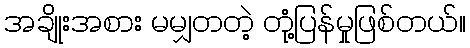
အချိုးအစား မမျှတတဲ့ တုံ့ပြန်မှုဖြစ်တယ်။